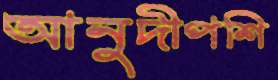
আনুদীপশি